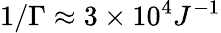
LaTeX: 1/\Gamma\approx 3\times 10^{4}J^{-1}